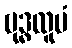
ဗုဒ္ဓထူပံ